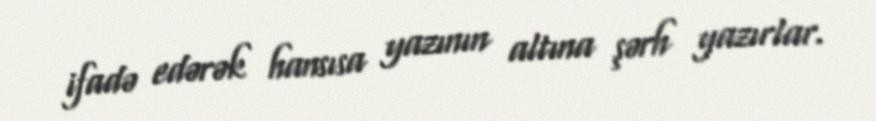
ifadə edərək hansısa yazının altına şərh yazırlar.